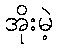
အိုးမဲ့